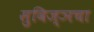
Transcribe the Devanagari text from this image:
सुविज्ञचा